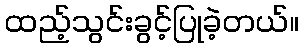
ထည့်သွင်းခွင့်ပြုခဲ့တယ်။